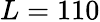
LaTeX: L=110